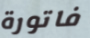
فاتورة